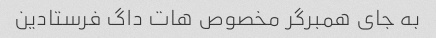
به جای همبرگر مخصوص هات داگ فرستادین